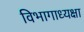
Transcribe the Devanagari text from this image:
विभागाध्यक्षा